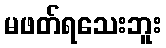
မဖတ်ရသေးဘူး